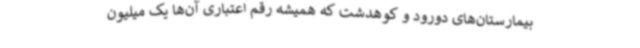
بیمارستان‌های دورود و کوهدشت که همیشه رقم اعتباری آن‌ها یک میلیون